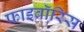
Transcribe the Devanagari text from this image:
फाइब्रॉरिस